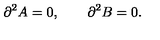
\partial ^ { 2 } A = 0 , \qquad \partial ^ { 2 } B = 0 .